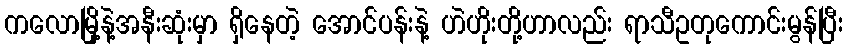
ကလောမြို့နဲ့အနီးဆုံးမှာ ရှိနေတဲ့ အောင်ပန်းနဲ့ ဟဲဟိုးတို့ဟာလည်း ရာသီဥတုကောင်းမွန်ပြီး